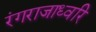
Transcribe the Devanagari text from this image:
रंगराजाध्वरि